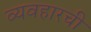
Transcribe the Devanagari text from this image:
व्यवहारची